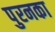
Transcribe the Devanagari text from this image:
पुरनका